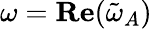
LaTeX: \omega=\mathbf{Re}(\tilde{\omega}_{A})